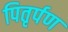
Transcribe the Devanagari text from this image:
पितृर्पण